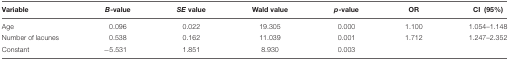
<table><thead><tr><td><b>Variable</b></td><td><b><i>B</i>-value</b></td><td><b><i>SE</i> value</b></td><td><b>Wald value</b></td><td><b><i>p</i>-value</b></td><td><b>OR</b></td><td><b>CI (95%)</b></td></tr></thead><tbody><tr><td>Age</td><td>0.096</td><td>0.022</td><td>19.305</td><td>0.000</td><td>1.100</td><td>1.054–1.148</td></tr><tr><td>Number of lacunes</td><td>0.538</td><td>0.162</td><td>11.039</td><td>0.001</td><td>1.712</td><td>1.247–2.352</td></tr><tr><td>Constant</td><td>-5.531</td><td>1.851</td><td>8.930</td><td>0.003</td><td></td><td></td></tr></tbody></table>